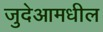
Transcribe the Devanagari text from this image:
जुदेआमधील